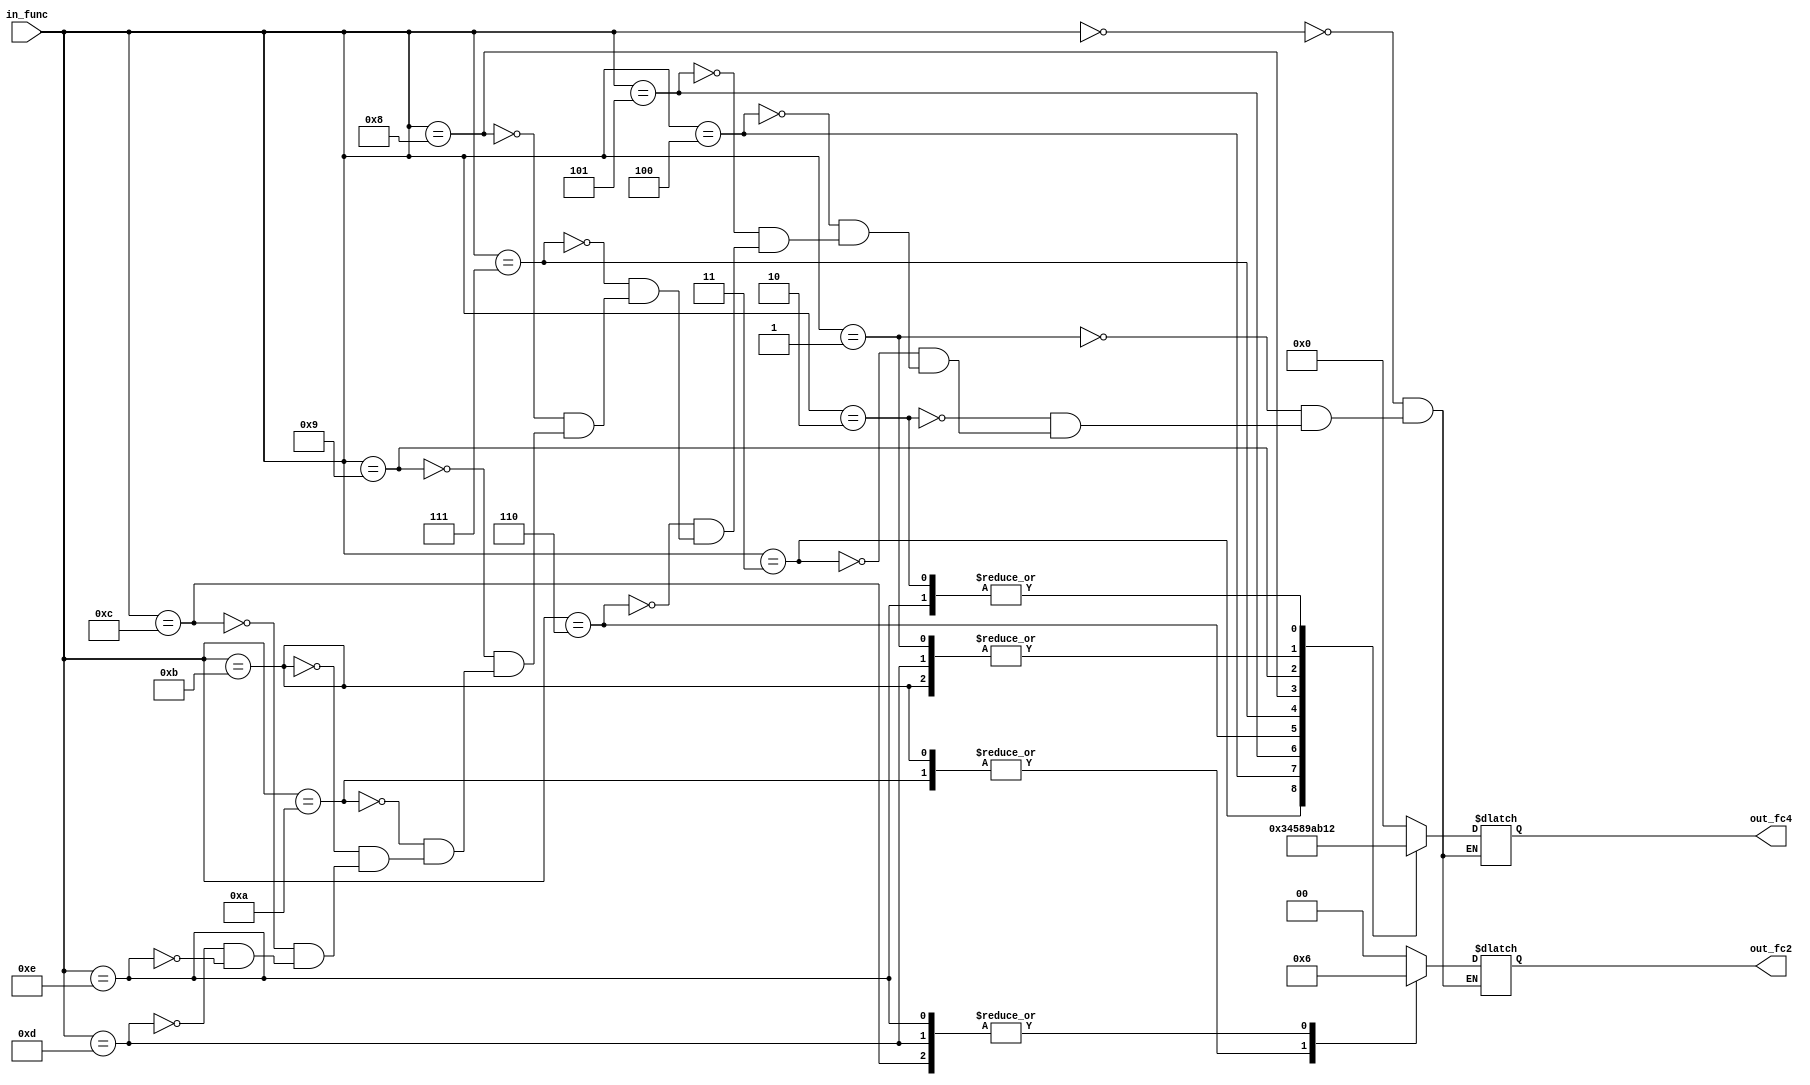
module alu_cntrl(in_func,out_fc2,out_fc4);

//input
input [3:0] in_func;

//output
output [1:0] out_fc2;
output [3:0] out_fc4;

//type
wire [3:0] in_func;

reg [1:0] out_fc2;
reg [3:0] out_fc4;

always@(*)
begin
case( in_func)
//addition
4'b0000:
begin
out_fc2 = 2'b00;
out_fc4 = 4'b0000;
end

//subtraction
4'b0001:
begin
out_fc2 = 2'b00;
out_fc4 = 4'b0001;
end

// bitwise and
4'b0010:
begin
out_fc2 = 2'b00;
out_fc4 = 4'b0010;
end

// bitwise or
4'b0011:
begin
out_fc2 = 2'b00;
out_fc4 = 4'b0011;
end

// signed multiplication
4'b0100:
begin
out_fc2 = 2'b00;
out_fc4 = 4'b0100;
end

//signed division
4'b0101:
begin
out_fc2 = 2'b00;
out_fc4 = 4'b0101;
end

//shift left
4'b0110:
begin
out_fc2 = 2'b00;
out_fc4 = 4'b1000;
end

//shift right
4'b0111:
begin
out_fc2 = 2'b00;
out_fc4 = 4'b1001;
end

//rotate left
4'b1000:
begin
out_fc2 = 2'b00;
out_fc4 = 4'b1010;
end

//rotate right
4'b1001:
begin
out_fc2 = 2'b00;
out_fc4 = 4'b1011;
end

//load
4'b1010:
begin
out_fc2 = 2'b01;
out_fc4 = 4'b0000;
end

//store
4'b1011:
begin
out_fc2 = 2'b01;
out_fc4 = 4'b0001;
end

//branch on less than
4'b1100:
begin
out_fc2 = 2'b10;
out_fc4 = 4'b0000;
end

//branch on greater than
4'b1101:
begin
out_fc2 = 2'b10;
out_fc4 = 4'b0001;
end

//branch on equal
4'b1110:
begin
out_fc2 = 2'b10;
out_fc4 = 4'b0010;
end

endcase
end
endmodule